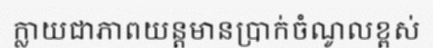
ក្លាយជាភាពយន្តមានប្រាក់ចំណូលខ្ពស់